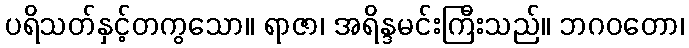
ပရိသတ်နှင့်တကွသော။ ရာဇာ၊ အရိန္ဒမင်းကြီးသည်။ ဘဂဝတော၊